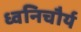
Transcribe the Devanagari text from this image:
ध्वनिचौर्य